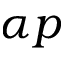
\alpha p